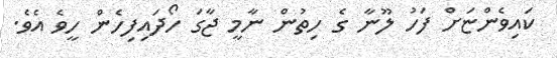
ކައިވެންޏަށް ފަހު ލޫނާ ގެ ހިތުން ނާމީ ޖާގަ ހޯދައިފިހެން ހީވެ އެވެ.